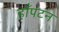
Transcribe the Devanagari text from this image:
हाँपटन